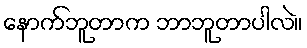
နောက်ဘူတာက ဘာဘူတာပါလဲ။